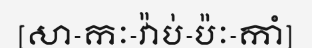
[សា-កៈ-វ៉ាប់-ប៉ៈ-កាំ]